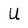
Character: U